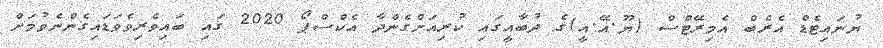
ޔުނައިޓެޑް އެރެބް އެމިރޭޓްސް (ޔޫ.އޭ.އީ)ގެ ދުބާއީގައި ކުރިއަށްގެންދާ އެކްސްޕޯ 2020 ގައި ބައިވެރިވެވަޑައިގެންނެވުމަށް